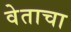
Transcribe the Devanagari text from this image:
वेताचा